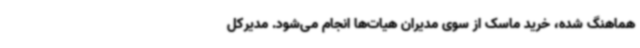
هماهنگ شده، خرید ماسک از سوی مدیران هیات‌ها انجام می‌شود. مدیرکل